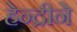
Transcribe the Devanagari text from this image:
हेन्द्रीने